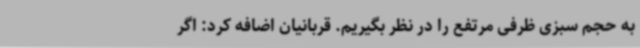
به حجم سبزی ظرفی مرتفع را در نظر بگیریم. قربانیان اضافه کرد: اگر